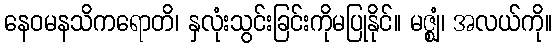
နေဝမနသိကရောတိ၊ နှလုံးသွင်းခြင်းကိုမပြုနိုင်။ မဇ္ဈံ၊ အလယ်ကို။